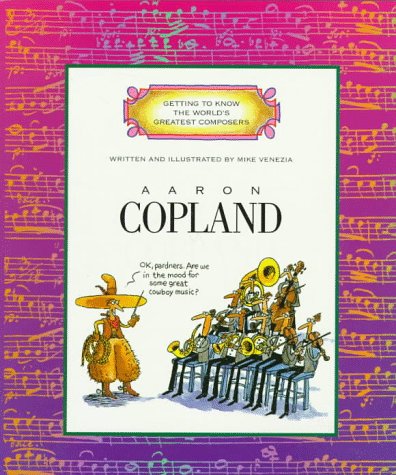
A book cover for Aaron Copland (Getting to Know the World's Greatest Composers); Mike Venezia; Children's Books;